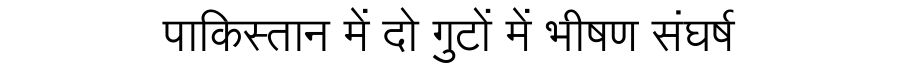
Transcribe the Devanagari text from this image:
पाकिस्तान में दो गुटों में भीषण संघर्ष